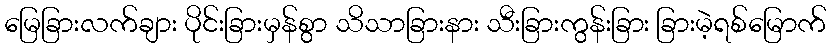
မြေခြားလက်ချား ပိုင်းခြားမှန်စွာ သိသာခြားနား သီးခြားကွန်းခြား ခြားမဲ့ရစ်မြောက်